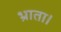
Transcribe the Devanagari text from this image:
भ्राता।